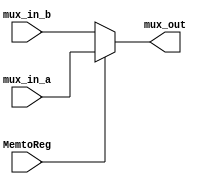
`timescale 1ns / 1ps
//////////////////////////////////////////////////////////////////////////////////
// Company: 
// Engineer: 
// 
// Design Name: 
// Module Name: MUX_2
// Project Name: 
// Target Devices: 
// Tool Versions: 
// Description: 
// 
// Dependencies: 
// 
// Revision:
// Revision 0.01 - File Created
// Additional Comments:
// 
//////////////////////////////////////////////////////////////////////////////////


(* keep_hierarchy = "yes" *) module MUX_2(MemtoReg, mux_in_a, mux_in_b, mux_out);
    input MemtoReg;
    input [31:0] mux_in_a, mux_in_b;
    output [31:0] mux_out;
    
    assign mux_out = (MemtoReg)? mux_in_a : mux_in_b;
    
endmodule